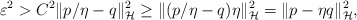
\begin{align*}\varepsilon^2>C^2 \|p/\eta - q\|_\mathcal{H}^2\ge\|(p/\eta - q)\eta\|_\mathcal{H}^2=\|p- \eta q\|_\mathcal{H}^2,\end{align*}